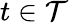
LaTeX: t\in{\mathcal{T}}